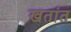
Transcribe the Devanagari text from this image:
खतांत